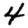
Digit: 4